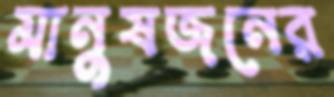
মানুষজনের